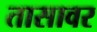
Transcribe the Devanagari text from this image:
तासावर